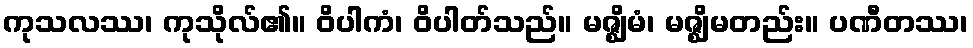
ကုသလဿ၊ ကုသိုလ်၏။ ဝိပါကံ၊ ဝိပါတ်သည်။ မဇ္ဈိမံ၊ မဇ္ဈိမတည်း။ ပဏီတဿ၊